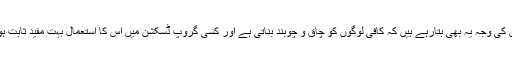
ماہرین اس کی وجہ یہ بھی بتارہے ہیں کہ کافی لوگوں کو چاق و چوبند بناتی ہے اور کسی گروپ ڈسکشن میں اس کا استعمال بہت مفید ثابت ہوسکتا ہے۔